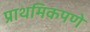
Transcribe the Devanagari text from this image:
प्राथमिकपणे